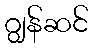
ဂျွန်ဆင်